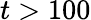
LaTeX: t>100